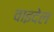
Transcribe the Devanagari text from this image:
वाइदेल